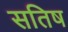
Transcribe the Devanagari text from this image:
सतिष